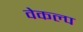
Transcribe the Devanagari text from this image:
वेकल्प